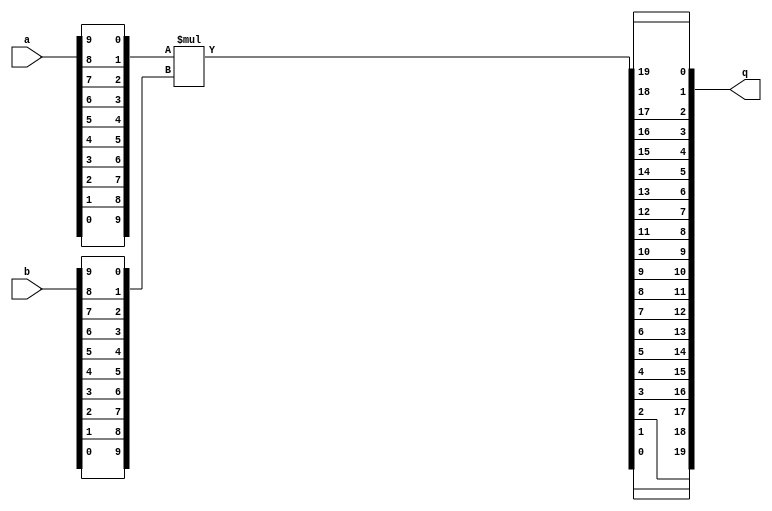
module mp1010a
(
	output	[0:19]	q,
	input		[0:9]		a,
	input		[0:9]		b
);

wire signed [9:0] ai;
wire signed [9:0] bi;
wire signed [19:0] qi;

assign ai[9:0] = {a[9], a[8], a[7], a[6], a[5], a[4], a[3], a[2], a[1], a[0]};
assign bi[9:0] = {b[9], b[8], b[7], b[6], b[5], b[4], b[3], b[2], b[1], b[0]};

assign qi = ai * bi;

assign q[0:19] = {qi[0], qi[1], qi[2], qi[3], qi[4], qi[5], qi[6], qi[7], qi[8], qi[9], 
	qi[10], qi[11], qi[12], qi[13], qi[14], qi[15], qi[16], qi[17], qi[18], qi[19]};

endmodule